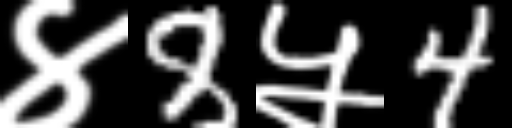
Text: ४8५4